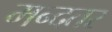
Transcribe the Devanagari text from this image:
मन्दतर